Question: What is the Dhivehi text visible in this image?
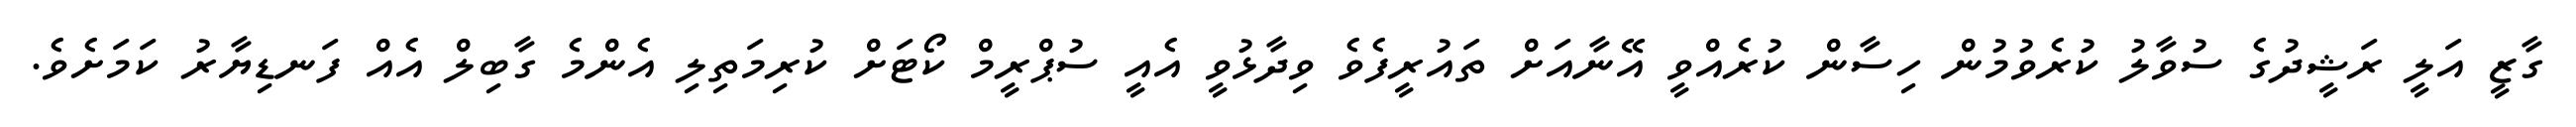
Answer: ގާޒީ އަލީ ރަޝީދުގެ ސުވާލު ކުރެވުމުން ހިސާން ކުރެއްވީ އޭނާއަށް ތައުރީފެވެ ވިދާޅުވީ އެއީ ސުޕްރީމް ކޯޓަށް ކުރިމަތިލި އެންމެ ގާބިލް އެއް ފަނޑިޔާރު ކަމަށެވެ.